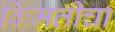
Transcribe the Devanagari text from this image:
किंमतींचा